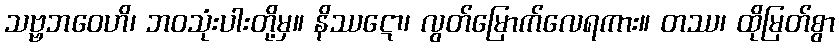
သဗ္ဗဘဝေဟိ၊ ဘဝသုံးပါးတို့မှ။ နိဿဋော၊ လွတ်မြောက်လေရကား။ တဿ၊ ထိုမြတ်စွာ